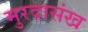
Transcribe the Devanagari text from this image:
मुरदासंख